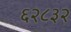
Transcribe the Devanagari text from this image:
६२८३२